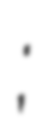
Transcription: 杏子铺镇;